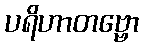
ပရိဟာတဗ္ဗော